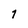
Character: 7